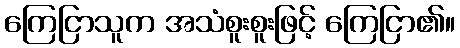
ကြေငြာသူက အသံစူးစူးဖြင့် ကြေငြာ၏။